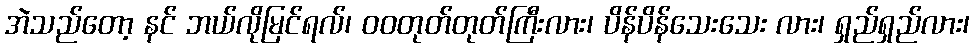
အဲသည်တော့ နင် ဘယ်လိုမြင်ရလ်၊ ဝဝတုတ်တုတ်ကြီးလား၊ ပိန်ပိန်သေးသေး လား၊ ရှည်ရှည်လား၊